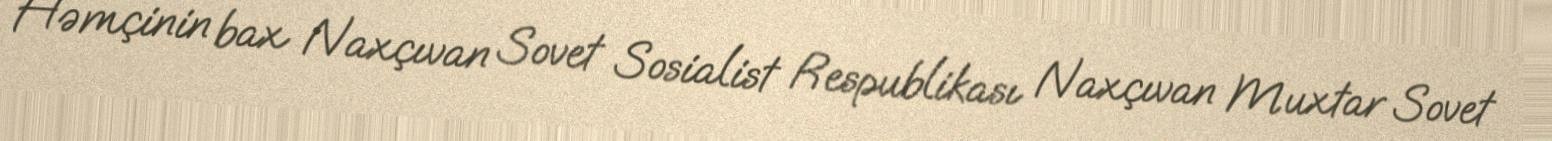
Həmçinin bax Naxçıvan Sovet Sosialist Respublikası Naxçıvan Muxtar Sovet